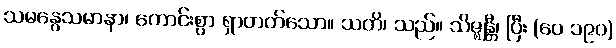
သမနွေသမာနာ၊ ကောင်းစွာ ရှာတတ်သော။ သတိ၊ သည်။ သိဇ္ဈန္တီ၊ ပြီး (ပေ ၁၉၀)